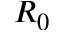
R _ { 0 }